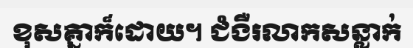
ខុសគ្នាក៏ដោយ។ ជំងឺរលាកសន្លាក់